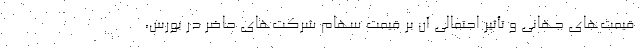
قیمت‌های جهانی و تأثیر احتمالی آن بر قیمت سهام شرکت‌های حاضر در بورس،